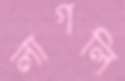
লাগলি